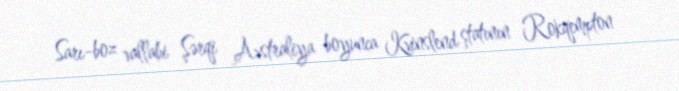
Sarı-boz vallabi Şərqi Avstraliya boyunca Kvinslend ştatının Rokqempton